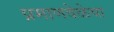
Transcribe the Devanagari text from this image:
प्रमाणवेळेचा